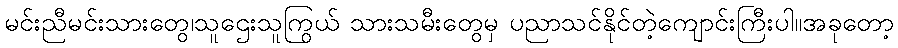
မင်းညီမင်းသားတွေ၊သူဌေးသူကြွယ် သားသမီးတွေမှ ပညာသင်နိုင်တဲ့ကျောင်းကြီးပါ။အခုတော့